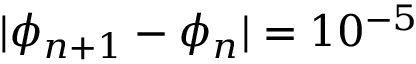
| \phi _ { n + 1 } - \phi _ { n } | = 1 0 ^ { - 5 }